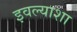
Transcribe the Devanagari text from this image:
इवल्याशा